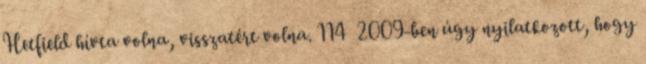
Hetfield hívta volna, visszatért volna. 114 2009-ben úgy nyilatkozott, hogy